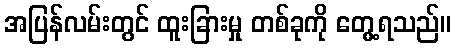
အပြန်လမ်းတွင် ထူးခြားမှု တစ်ခုကို တွေ့ရသည်။